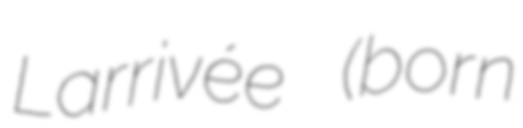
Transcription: Larrivée (born